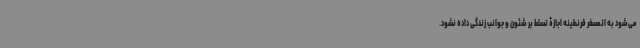
می‌شود به اتمسفر قرنطینه اجازۀ تسلط بر شئون و جوانب زندگی داده نشود.